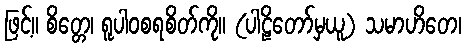
ဖြင့်။ စိတ္တေ၊ ရူပါဝစရစိတ်ကို။ (ပါဠိတော်မှယူ) သမာဟိတေ၊